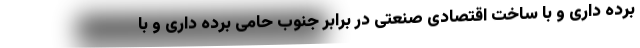
برده داری و با ساخت اقتصادی صنعتی در برابر جنوب حامی برده داری و با